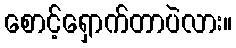
စောင့်ရှောက်တာပဲလား။